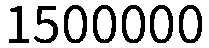
1500000